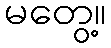
မတွေ့။